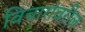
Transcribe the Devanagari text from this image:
विचारांवरील